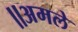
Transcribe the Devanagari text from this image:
॥अमले